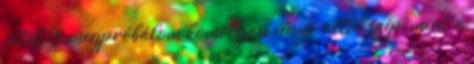
játék is, megpróbálom komolyan venni, attól szép, mint a